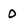
Character: 0